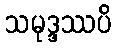
သမုဒ္ဒဿပိ